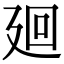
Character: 廻